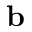
{ \bf b }